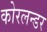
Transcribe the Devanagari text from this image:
कोरलन्डर